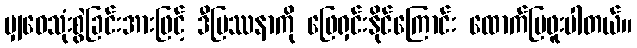
မျှဝေသုံးစွဲခြင်းအားဖြင့် ဒီပြဿနာကို ဖြေရှင်းနိုင်ကြောင်း ထောက်ပြဖူးပါတယ်။